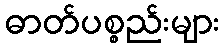
ဓာတ်ပစ္စည်းများ